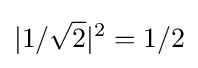
|1/{\sqrt {2}}|^{2}=1/2